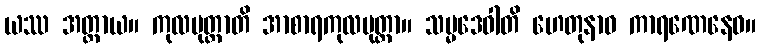
ယဿ အတ္ထာယ။ ကုလပုတ္တာတိ အာစာရကုလပုတ္တာ။ သမ္မဒေဝါတိ ဟေတုနာဝ ကာရဏေနေဝ။